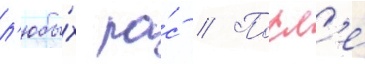
л'юбы́х ра́с // Посл'е